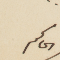
الحاكم